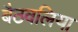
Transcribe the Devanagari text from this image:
बैठवलिया